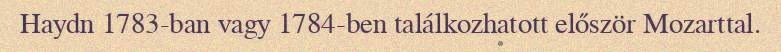
Haydn 1783-ban vagy 1784-ben találkozhatott először Mozarttal.